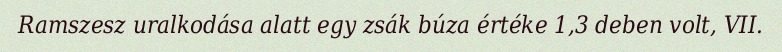
Ramszesz uralkodása alatt egy zsák búza értéke 1,3 deben volt, VII.